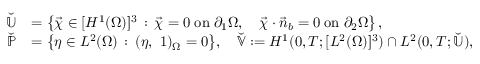
\begin{array} { r l } { \breve { \mathbb { U } } } & { = \left\{ \vec { \chi } \in [ H ^ { 1 } ( \Omega ) ] ^ { 3 } \, : \, \vec { \chi } = 0 \; \mathrm { o n } \; \partial _ { 1 } \Omega , \quad \vec { \chi } \cdot \vec { n } _ { b } = 0 \; \mathrm { o n } \; \partial _ { 2 } \Omega \right\} , } \\ { \breve { \mathbb { P } } } & { = \bigl \{ \eta \in L ^ { 2 } ( \Omega ) \, : \, ( \eta , ~ 1 ) _ { \Omega } = 0 \bigr \} , \quad \breve { \mathbb { V } } : = H ^ { 1 } ( 0 , T ; [ L ^ { 2 } ( \Omega ) ] ^ { 3 } ) \cap L ^ { 2 } ( 0 , T ; \breve { \mathbb { U } } ) , } \end{array}